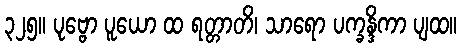
၃၂၅။ ပုဗ္ဗော ပူယော ထ ရတ္တာတိ၊ သာရော ပက္ခန္ဒိကာ ပျထ။